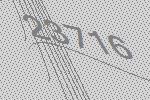
23716